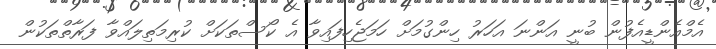
އެމްއެންޑީއެފުން ބުނީ އަންނަ އަހަރު ހިންގުމަށް ހަމަޖެހިފައިވާ އެ ކޯސްތަކަށް ކުރިމަތިލައްވާ ފަރާތްތަކުން